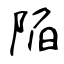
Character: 陥